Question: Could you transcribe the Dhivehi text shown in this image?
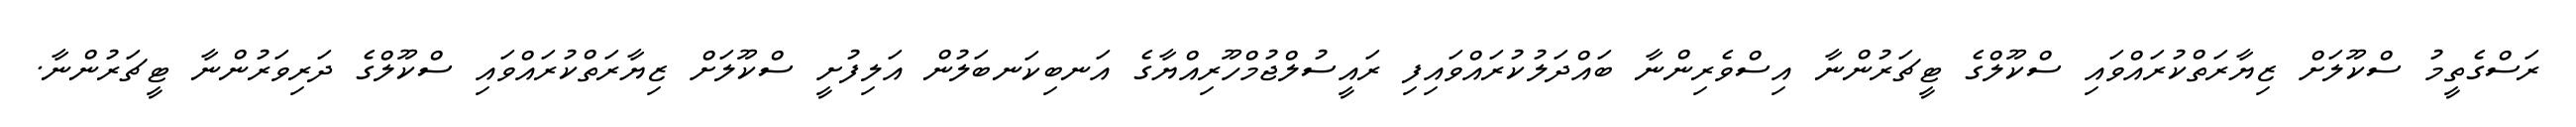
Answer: ރަސްގެތީމު ސްކޫލަށް ޒިޔާރަތްކުރައްވައި ސްކޫލްގެ ޓީޗަރުންނާ އިސްވެރިންނާ ބައްދަލުކުރައްވައިފި ރައީސުލްޖުމްހޫރިއްޔާގެ އަނބިކަނބަލުން އަލިފުށީ ސްކޫލަށް ޒިޔާރަތްކުރައްވައި ސްކޫލްގެ ދަރިވަރުންނާ ޓީޗަރުންނާ.